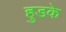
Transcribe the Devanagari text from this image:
हुडके